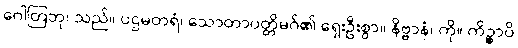
ဂေါတြဘု၊ သည်။ ပဌမတရံ၊ သောတာပတ္တိမဂ်၏ ရှေးဦးစွာ။ နိဗ္ဗာနံ၊ ကို။ ကိဉ္စာပိ